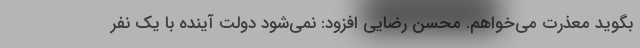
بگوید معذرت می‌خواهم. محسن رضایی افزود: نمی‌شود دولت آینده با یک نفر